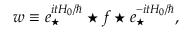
w \equiv e _ { \star } ^ { i t H _ { 0 } / \hbar } \star f \star e _ { \star } ^ { - i t H _ { 0 } / \hbar } ,